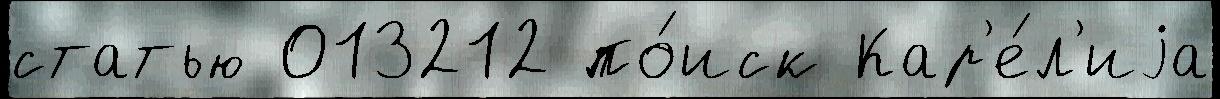
статью 013212 по́иск Кар'е́л'иjа